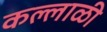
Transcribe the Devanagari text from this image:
कल्लाळी